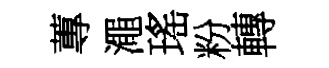
蓴澠瑤粉轉